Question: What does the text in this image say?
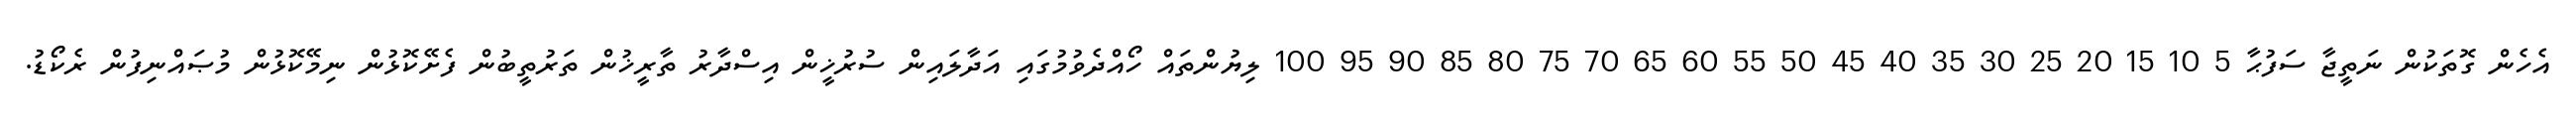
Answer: އެހެން ގޮތަކުން ނަތީޖާ ސަފުޙާ 5 10 15 20 25 30 35 40 45 50 55 60 65 70 75 80 85 90 95 100 ލިޔުންތައް ހޯއްދެވުމުގައި އަދާލައިން ސުރުޚީން އިސްދާރު ތާރީޚުން ތަރުތީބުން ފެށޭކޮޅުން ނިމޭކޮޅުން މުޞައްނިފުން ރެކޯޑު.